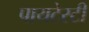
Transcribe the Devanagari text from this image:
पायटेस्टी